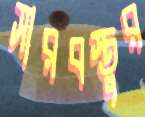
সারবস্তুর